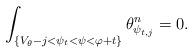
LaTeX: \begin{align*} \int_{\{V_{\theta}-j<\psi_t<\psi<\varphi +t\}} \theta_{\psi_{t,j}}^n=0. \end{align*}